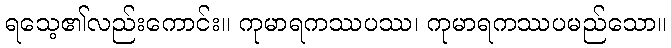
ရသေ့၏လည်းကောင်း။ ကုမာရကဿပဿ၊ ကုမာရကဿပမည်သော။